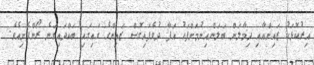
އިރުކޮޅަކު ޒައިންއާއި ދިމާލަށް ބަލަންއިނުމަށްފަހު އަފާ ދުވެފައިގޮސް ޒައިންގެ ގައިގައި ބައްދައިގަނެ ރޯންފެށިއެވެ.